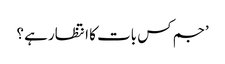
’جم کس بات کا انتظار ہے ؟